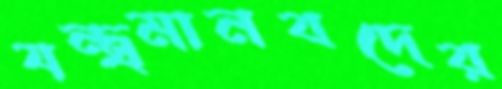
যন্ত্রমানবদের